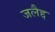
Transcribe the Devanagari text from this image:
जलैद्द